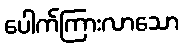
ပေါက်ကြားလာသော